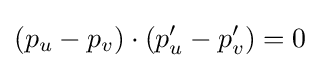
(p_{u}-p_{v})\cdot (p'_{u}-p'_{v})=0